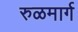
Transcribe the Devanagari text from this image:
रुळमार्ग